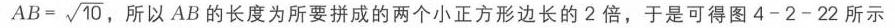
$AB = \sqrt{10}$，所以$AB$的长度为所要拼成的两个小正方形边长的$2$倍，于是可得图4 - 2 - 22所示